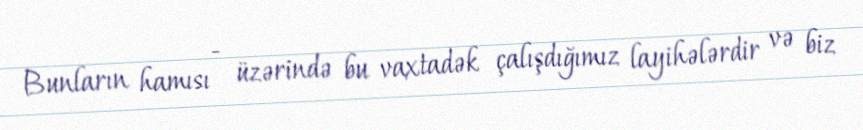
Bunların hamısı - üzərində bu vaxtadək çalışdığımız layihələrdir və biz